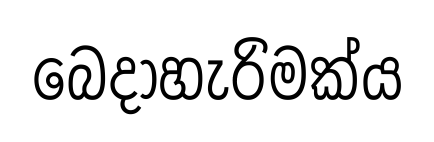
බෙදාහැරිමක්ය